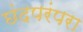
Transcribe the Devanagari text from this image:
छंदपरंपरा